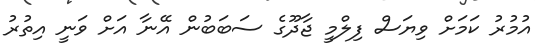
އުމުރު ކަމަށް ވިޔަސް ފިލްމީ ޖާދޫގެ ސަބަބުން އޭނާ އަށް ވަނީ އިތުރު